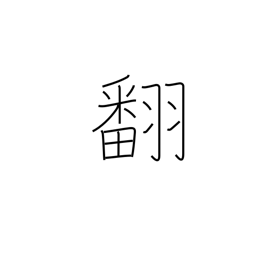
Meaning: change (mind)